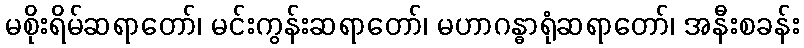
မစိုးရိမ်ဆရာတော်၊ မင်းကွန်းဆရာတော်၊ မဟာဂန္ဓာရုံဆရာတော်၊ အနီးစခန်း